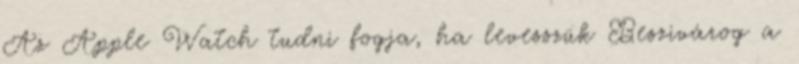
Az Apple Watch tudni fogja, ha levesszük Beszivárog a